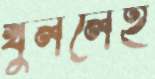
খুললেই